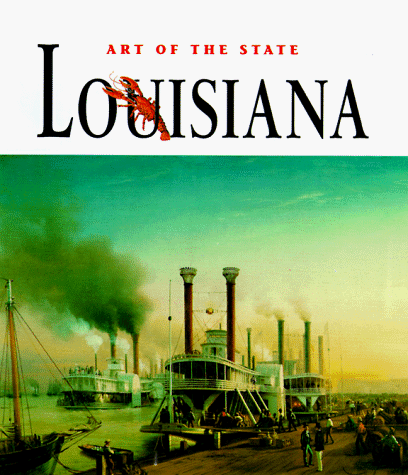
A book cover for Art of the State: Louisiana; Nancy Friedman; Travel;